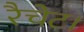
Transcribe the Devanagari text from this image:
रैचेट।